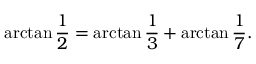
\arctan { \frac { 1 } { 2 } } = \arctan { \frac { 1 } { 3 } } + \arctan { \frac { 1 } { 7 } } .